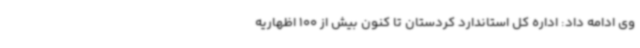
وی ادامه داد: اداره کل استاندارد کردستان تا کنون بیش از 100 اظهاریه